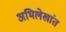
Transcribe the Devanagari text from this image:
अभिलेखांत